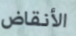
الأنقاض